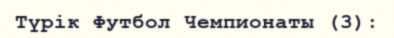
Түрік Футбол Чемпионаты (3):